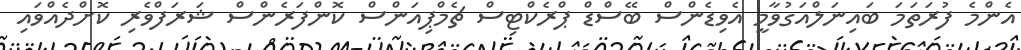
އެންމެ ފުރަތަމަ ބައިނަލްއަގުވާމީ އެވިޑެންސް ބޭސްޑް ޕްރެކްޓިސް ޗެމްޕިއަންސް ކޮންފަރެންސް ޝަރަފްވެރި ކޮށްދެއްވައި